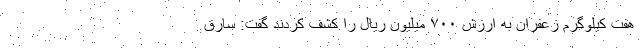
هفت کیلوگرم زعفران به ارزش ۷۰۰ میلیون ریال را کشف کردند گفت: سارق